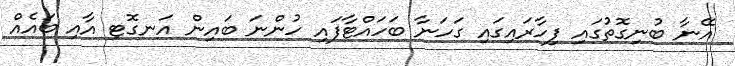
އޭނާ ބުނިގޮތުގައި ފިހާރައިގައި ގަހަނާ ބަހައްޓާފައި ހުންނަ ބައިން އަނގޮޓި އާއި ބައެއް